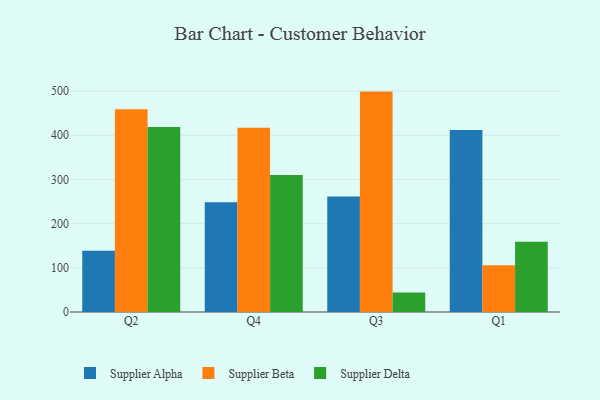
{"axis": {"x": "Quarter", "y": "Waste Production (Tons)"}, "legend": ["Supplier Alpha", "Supplier Beta", "Supplier Delta"], "data": [{"x": "Q2", "y": 138.5, "type": "Supplier Alpha"}, {"x": "Q2", "y": 459.0, "type": "Supplier Beta"}, {"x": "Q2", "y": 418.9, "type": "Supplier Delta"}, {"x": "Q4", "y": 248.6, "type": "Supplier Alpha"}, {"x": "Q4", "y": 417.0, "type": "Supplier Beta"}, {"x": "Q4", "y": 310.3, "type": "Supplier Delta"}, {"x": "Q3", "y": 261.3, "type": "Supplier Alpha"}, {"x": "Q3", "y": 498.9, "type": "Supplier Beta"}, {"x": "Q3", "y": 44.4, "type": "Supplier Delta"}, {"x": "Q1", "y": 411.8, "type": "Supplier Alpha"}, {"x": "Q1", "y": 105.8, "type": "Supplier Beta"}, {"x": "Q1", "y": 159.0, "type": "Supplier Delta"}]}